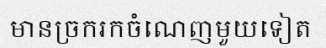
មានច្រករកចំណេញមួយទៀត